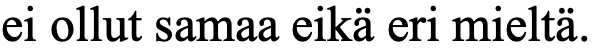
ei ollut samaa eikä eri mieltä.